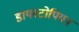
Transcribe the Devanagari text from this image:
डायस्टोपियन